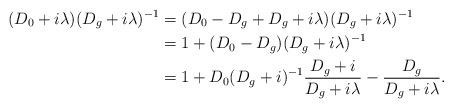
LaTeX: \begin{align*} (D_0+i\lambda)(D_g+i\lambda)^{-1} &= (D_0-D_g+D_g+i\lambda)(D_g+i\lambda)^{-1}\\ &= 1 + (D_0-D_g)(D_g+i\lambda)^{-1}\\ &= 1+D_0(D_g+i)^{-1}\frac{D_g+i}{D_g+i\lambda} - \frac{D_g}{D_g+i\lambda}. \end{align*}